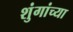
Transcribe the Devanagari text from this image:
शुंगांच्या